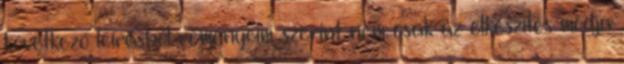
következő leírásból reményeim szerint nem csak az elkészítés módja